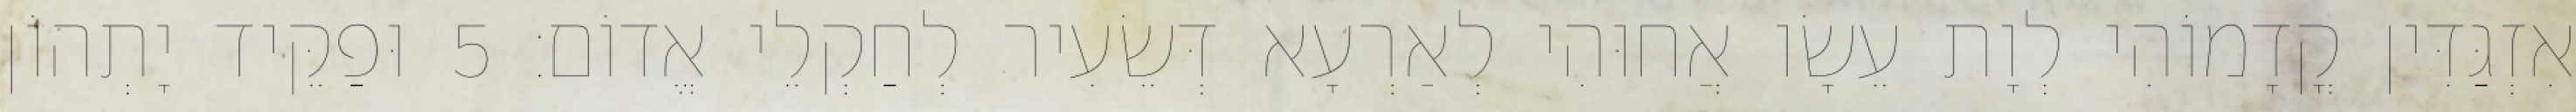
אִזְגַּדִּין קֳדָמוֹהִי לְוָת עֵשָׂו אֲחוּהִי לְאַרְעָא דְּשֵׂעִיר לְחַקְלֵי אֱדוֹם׃ 5 וּפַקֵּיד יָתְהוֹן